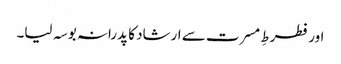
اور فطرطِ مسرت سے ارشاد کا پدرانہ بوسہ لیا۔